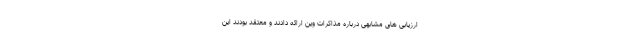
ارزیابی های مشابهی درباره مذاکرات وین ارائه دادند و معتقد بودند این